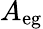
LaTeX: A_{\mathrm{eg}}